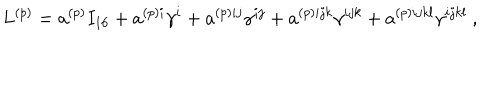
LaTeX: L ^ { ( p ) } = a ^ { ( p ) } I _ { 1 6 } + a ^ { ( p ) i } \gamma ^ { i } + a ^ { ( p ) i j } \gamma ^ { i j } + a ^ { ( p ) i j k } \gamma ^ { i j k } + a ^ { ( p ) i j k l } \gamma ^ { i j k l } ~ ,